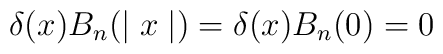
\delta(x)B_n(\mid x\mid)=\delta(x)B_n(0)=0